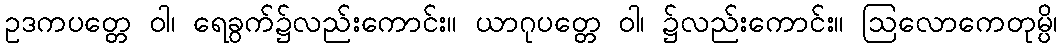
ဥဒကပတ္တေ ဝါ၊ ရေခွက်၌လည်းကောင်း။ ယာဂုပတ္တေ ဝါ၊ ၌လည်းကောင်း။ ဩလောကေတုမ္ပိ၊